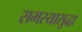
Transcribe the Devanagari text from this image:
समस्यासुद्धा